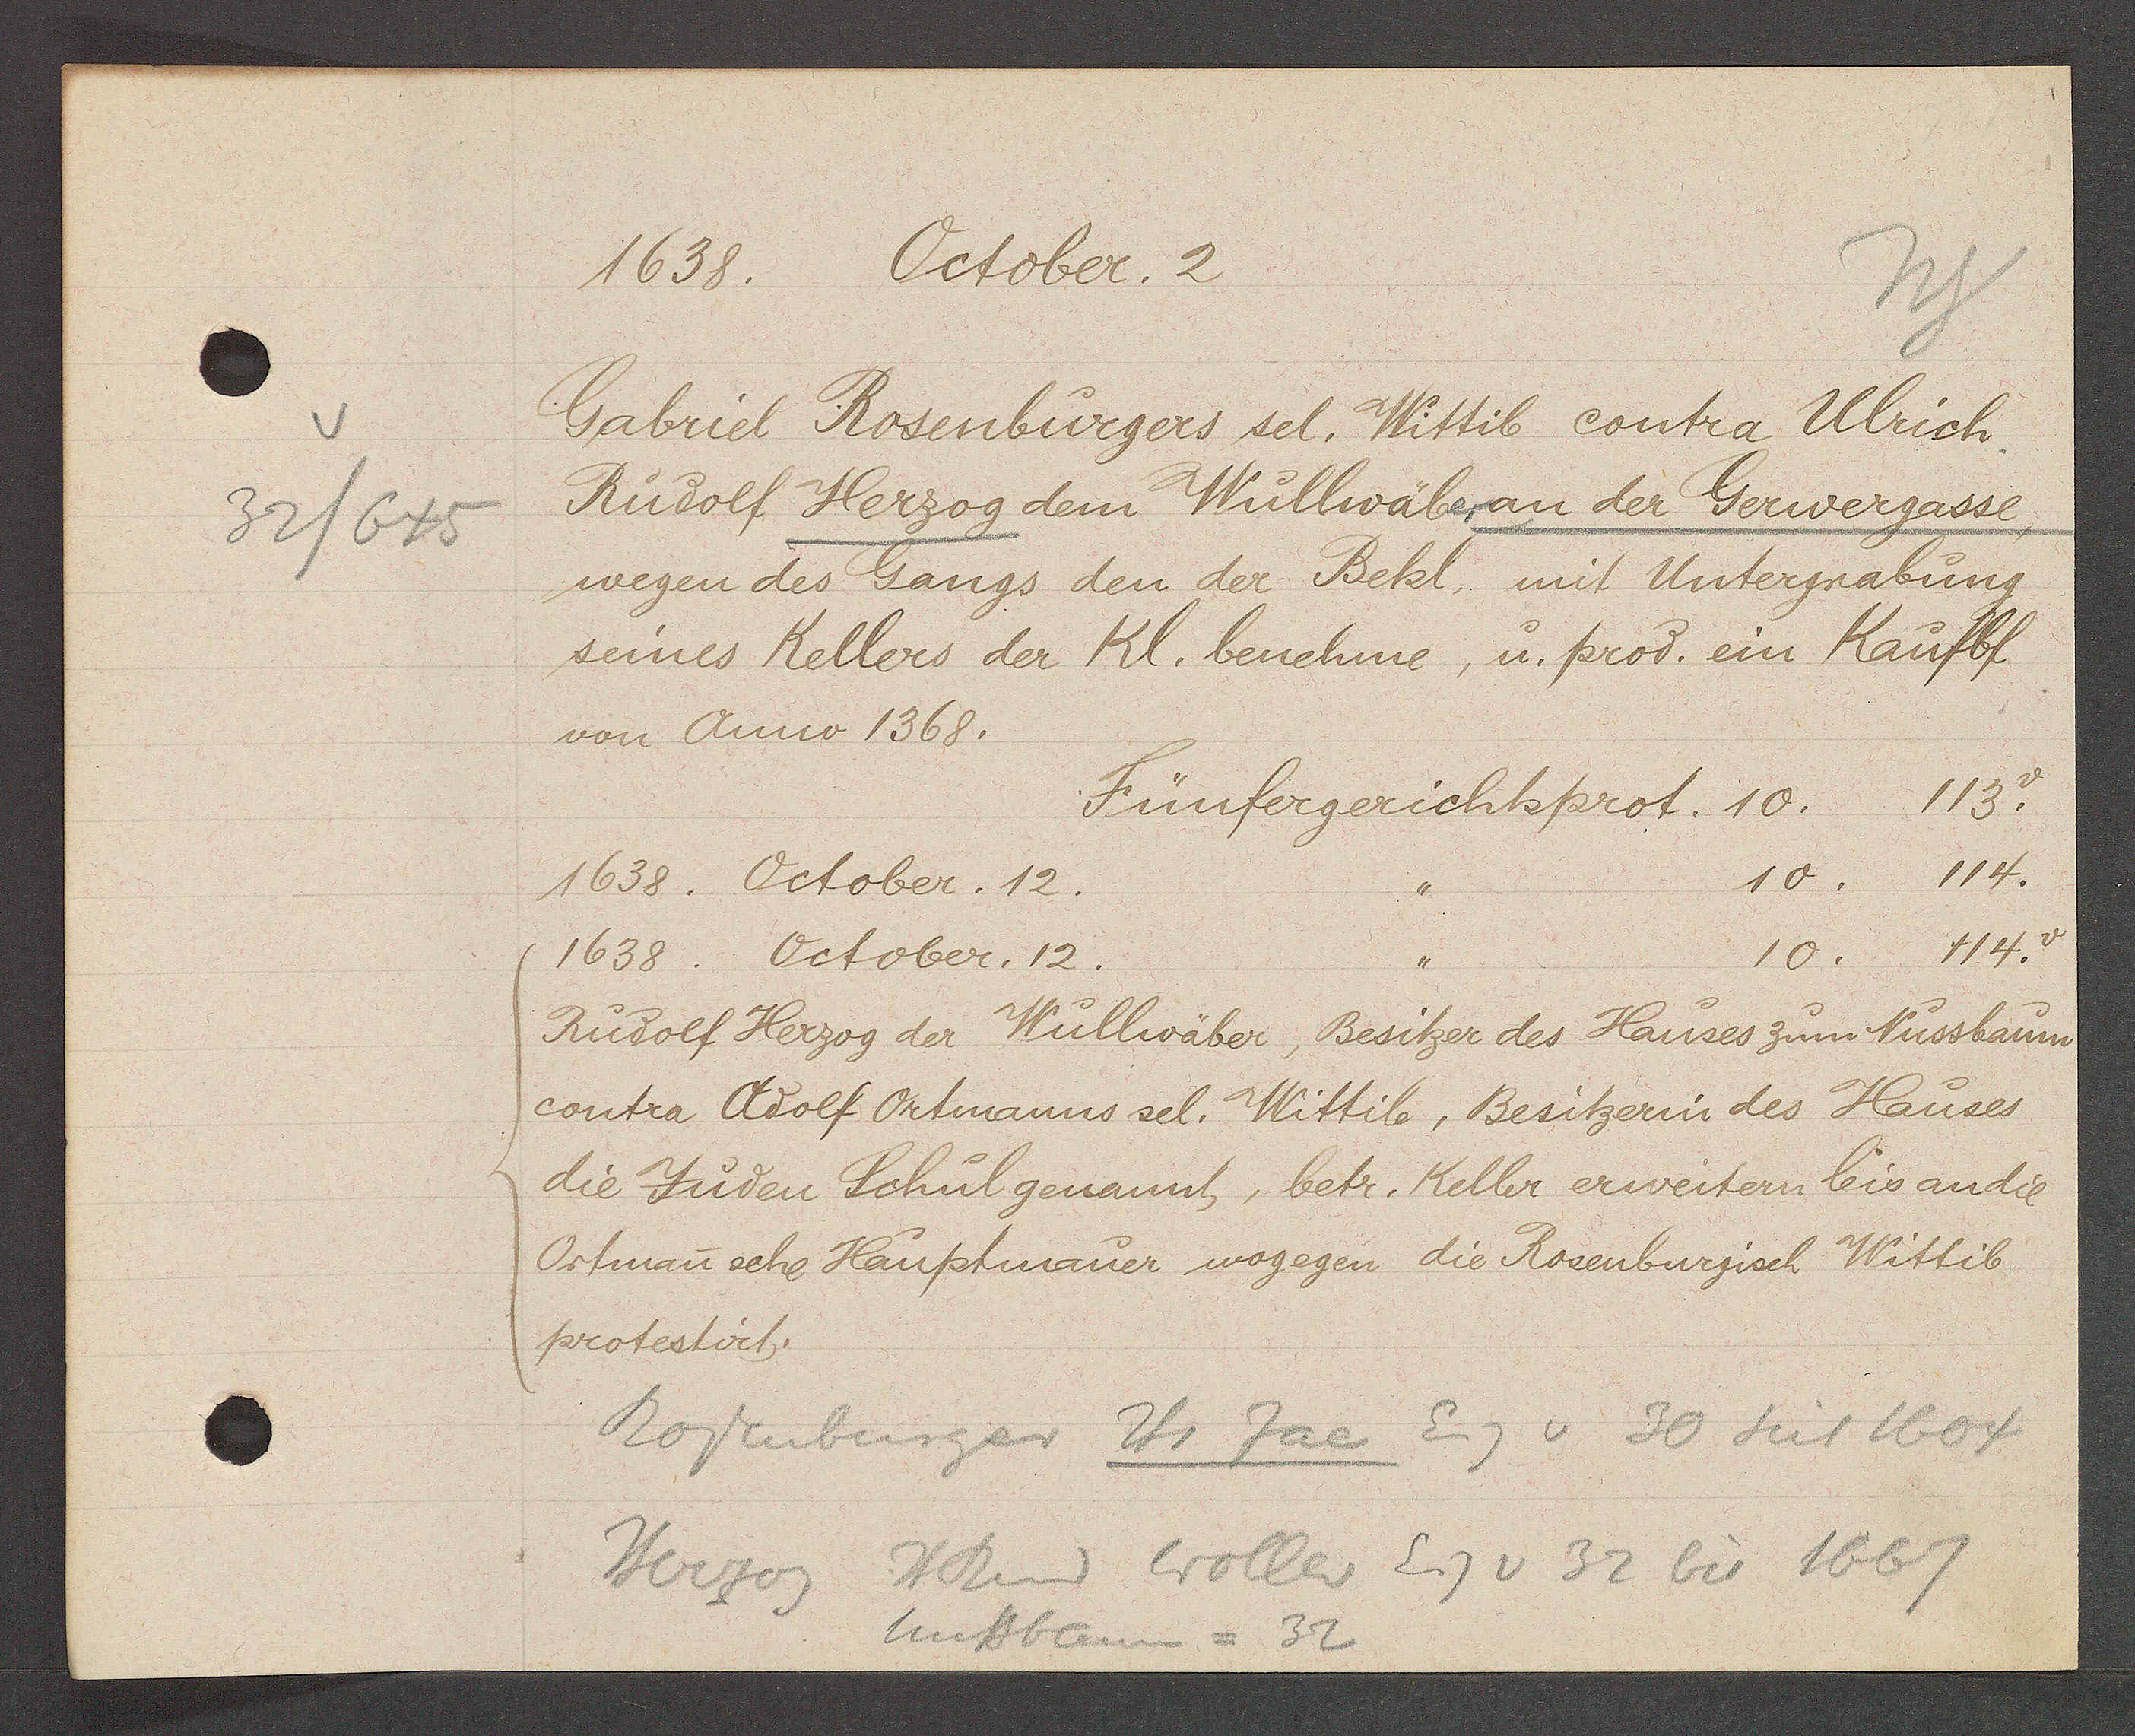
Transcript:
32/645

1638. October. 2

Gabriel Rosenburgers sel. Wittib contra Ulrich
Rudolf Herzog dem Wullwäber an der Gerwergasse,
wegen des Gangs den der Bekl, mit Untergrabung
seines Kellers der Kl. benehme, u. prod. ein Kaufbf
von Anno 1368.
113v
Fünfergerichtsprot. 10.
114.
10.
1638. October. 12.
114v
10.
1638. October. 12.
Rudolf Herzog der Wullwäber, Besitzer des Hauses zum Nussbaum
contra Adolf Ortmanns sel. Wittib, Besitzerin des Hauses
die Juden Schul genannt, betr. Keller erweirtern bis andil
Ortman sche Hauptmauer wogegen die Rosenburgisch Wittib
protestiert.

Rosenberger Hs Jac Eig v 30 seit 1604
Herzog H Rud Woller Eig v 32 bis 1667
Nussbaum = 32